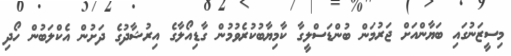
މިސީޒަނުގައި ބަޔާންއަށް ޖަރުމަން ބުންޑަސްލީގާ ކާމިޔާބުކުރެވުމުން ގާޑިއޯލާގެ އިރުޝާދުގެ ދަށުން އެކްލަބުން ހޯދި